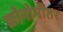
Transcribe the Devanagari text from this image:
क्रोनोमीतर